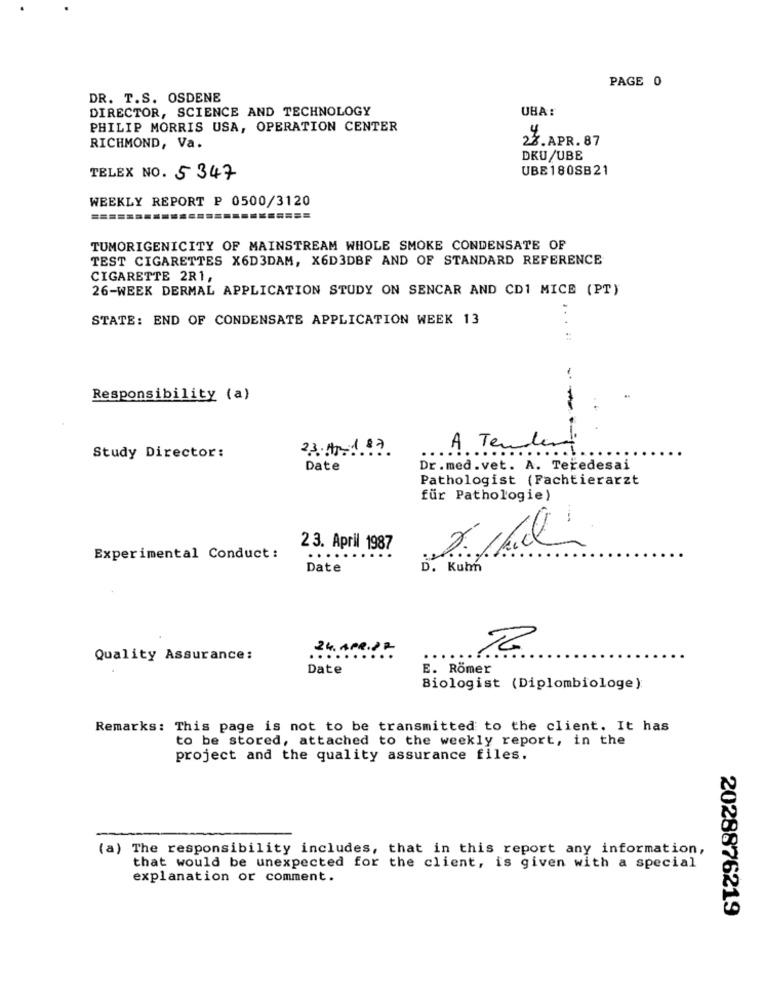
PAGE 0
DR. T.S. OSDENE
DIRECTOR, SCIENCE AND TECHNOLOGY
UHA:
PHILIP MORRIS USA, OPERATION CENTER
23. APR. 87
RICHMOND, Va.
DKU/UBE
UBE180SB21
TELEX NO. 5347
WEEKLY REPORT P 0500/3120
=======
======
TUMORIGENICITY OF MAINSTREAM WHOLE SMOKE CONDENSATE OF
TEST CIGARETTES X6D3DAM, X6D3DBF AND OF STANDARD REFERENCE
CIGARETTE 2R1,
26-WEEK DERMAL APPLICATION STUDY ON SENCAR AND CD1 MICE (PT)
STATE: END OF CONDENSATE APPLICATION WEEK 13
.....
Responsibility (a)
23. Hm. 1.1.
A Tender
Study Director:
..
.......
Date
Dr.med.vet. A. Teredesai
Pathologist (Fachtierarzt
für Pathologie)
23. April 1987
Experimental Conduct :
....
Date
D. Kuhn
24. APR.PR
Quality Assurance:
Date
E. Romer
Biologist (Diplombiologe):
Remarks: This page is not to be transmitted to the client. It has
to be stored, attached to the weekly report, in the
project and the quality assurance files.
(a) The responsibility includes, that in this report any information,
that would be unexpected for the client, is given with a special
explanation or comment.
2028876219